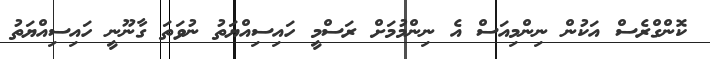
ކޮންގްރެސް އަކުން ނިންމިއަސް އެ ނިންމުމަށް ރަސްމީ ހައިސިއްޔަތު ނުވަތަ ގާނޫނީ ހައިސިއްޔަތު